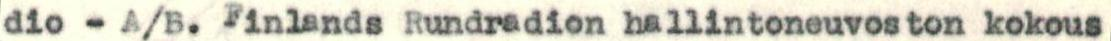
dio -A/B. Finlands Rundradion hallintoneuvoston kokous